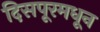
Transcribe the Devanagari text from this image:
दिसपूरमधून